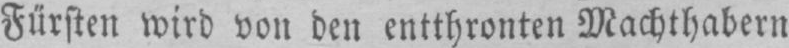
Fürsten wird von den entthronten Machthabern